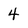
Character: 4